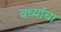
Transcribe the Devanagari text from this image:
वर्ध्याचा